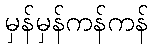
မှန်မှန်ကန်ကန်